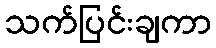
သက်ပြင်းချကာ